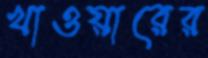
খাওয়ারের